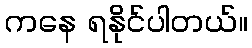
ကနေ ရနိုင်ပါတယ်။